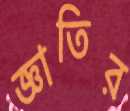
জ্ঞাতির